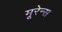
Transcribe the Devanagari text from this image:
मूरेन्स